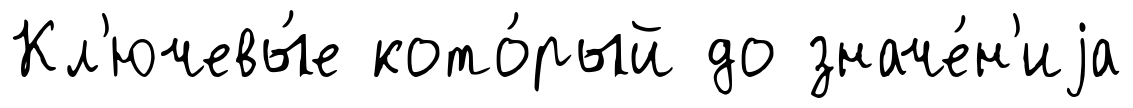
Кл'ючевы́е кото́рый до значе́н'иjа